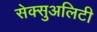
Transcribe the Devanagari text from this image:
सेक्सुअलिटी